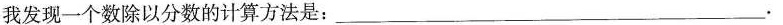
我发现一个数除以分数的计算方法是:___.